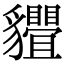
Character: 𧴢